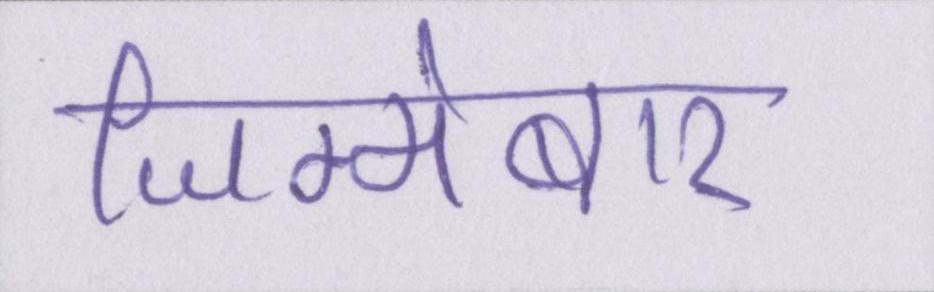
जिम्मेबार